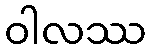
ဝါလဿ